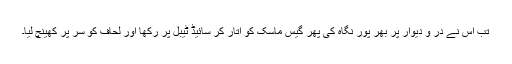
تب اس نے در و دیوار پر بھر پُور نگاہ کی پھر گیس ماسک کو اتار کر سائیڈ ٹیبل پر رکھا اور لحاف کو سر پر کھینچ لیا۔